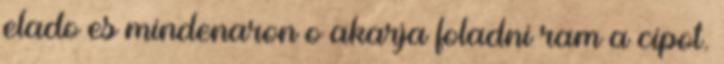
elado es mindenaron o akarja foladni ram a cipot.